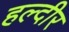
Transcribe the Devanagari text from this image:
हल्दीर